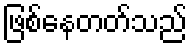
ဖြစ်နေတတ်သည်